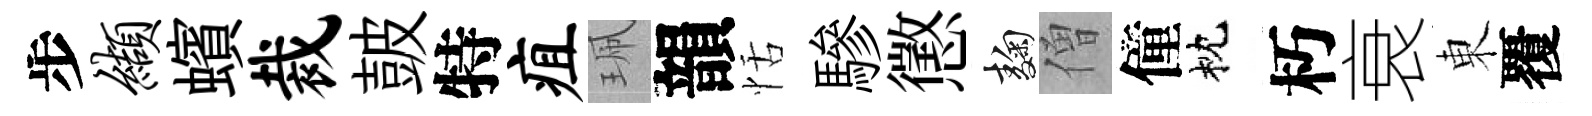
步缬蠙裁皷特疽珮韻恬驂懲麹僧僮枕朽衰東覆